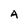
Character: A